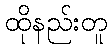
ထိုနည်းတူ